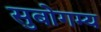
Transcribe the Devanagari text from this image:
सुबोगम्य